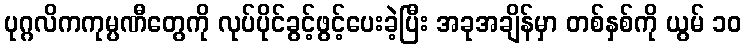
ပုဂ္ဂလိကကုမ္ပဏီတွေကို လုပ်ပိုင်ခွင့်ဖွင့်ပေးခဲ့ပြီး အခုအချိန်မှာ တစ်နှစ်ကို ယွမ် ၁၀